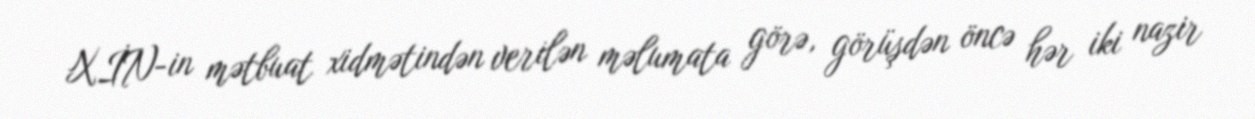
XİN-in mətbuat xidmətindən verilən məlumata görə, görüşdən öncə hər iki nazir